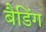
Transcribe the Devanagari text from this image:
बैडिंग